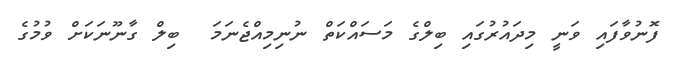
ފޮނުވާފައި ވަނީ މިދައުރުގައި ބިލްގެ މަސައްކަތް ނުނިމިއްޖެނަމަ  ބިލް ގާނޫނަކަށް ވުމުގެ